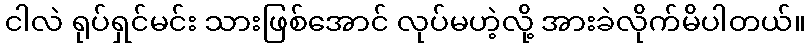
ငါလဲ ရုပ်ရှင်မင်း သားဖြစ်အောင် လုပ်မဟဲ့လို့ အားခဲလိုက်မိပါတယ်။